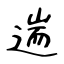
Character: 遄